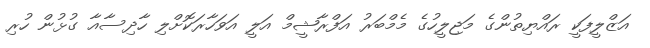
އަޒްލީފަކީ ރައްޔިތުންގެ މަޖިލީހުގެ މެމްބަރު އަފްރާޝީމް އަލީ އަވަހާރަކޮށްލި ހާދިސާއާ ގުޅުން ހުރި